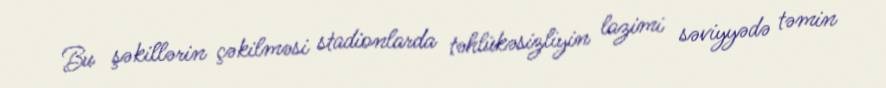
Bu şəkillərin çəkilməsi stadionlarda təhlükəsizliyin lazimi səviyyədə təmin